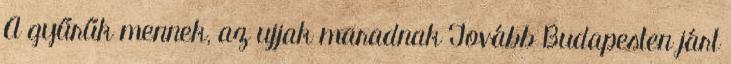
A gyűrűk mennek, az ujjak maradnak Tovább Budapesten járt